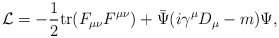
\begin{align*}{\cal L}=-\frac{1}{2} {\rm tr} (F_{\mu\nu}F^{\mu\nu})+\bar \Psi(i\gamma^{\mu}D_\mu-m)\Psi,\end{align*}